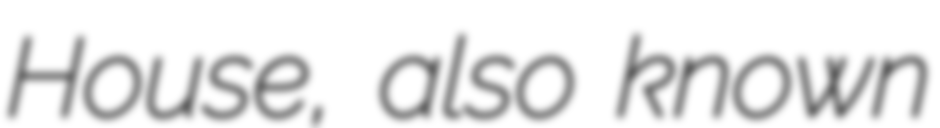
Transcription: House, also known